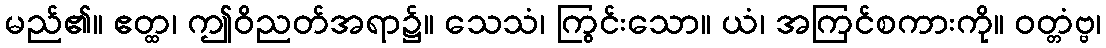
မည်၏။ ဧတ္ထ၊ ဤဝိညတ်အရာ၌။ သေသံ၊ ကြွင်းသော။ ယံ၊ အကြင်စကားကို။ ဝတ္တံဗ္ဗ၊